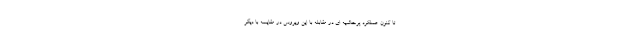
تا كنون عملكرد پرحاشيه اي در مقابله با اين ويروس در مقايسه با ديگر